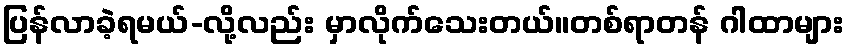
ပြန်လာခဲ့ရမယ်-လို့လည်း မှာလိုက်သေးတယ်။တစ်ရာတန် ဂါထာများ